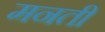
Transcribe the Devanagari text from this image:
मनती